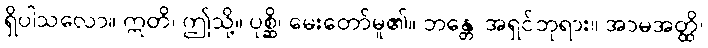
ရှိပါသလော။ ဣတိ၊ ဤသို့။ ပုစ္ဆိ၊ မေးတော်မူ၏။ ဘန္တေ၊ အရှင်ဘုရား။ အာမအတ္ထိ၊